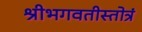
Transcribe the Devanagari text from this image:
श्रीभगवतीस्तोत्रं